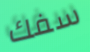
سفك